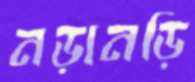
নড়ানড়ি